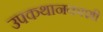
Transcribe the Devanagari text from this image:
उपकथानकाशी